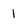
Character: 1